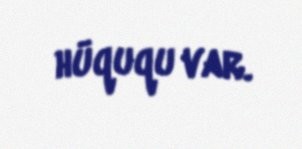
hüququ var.